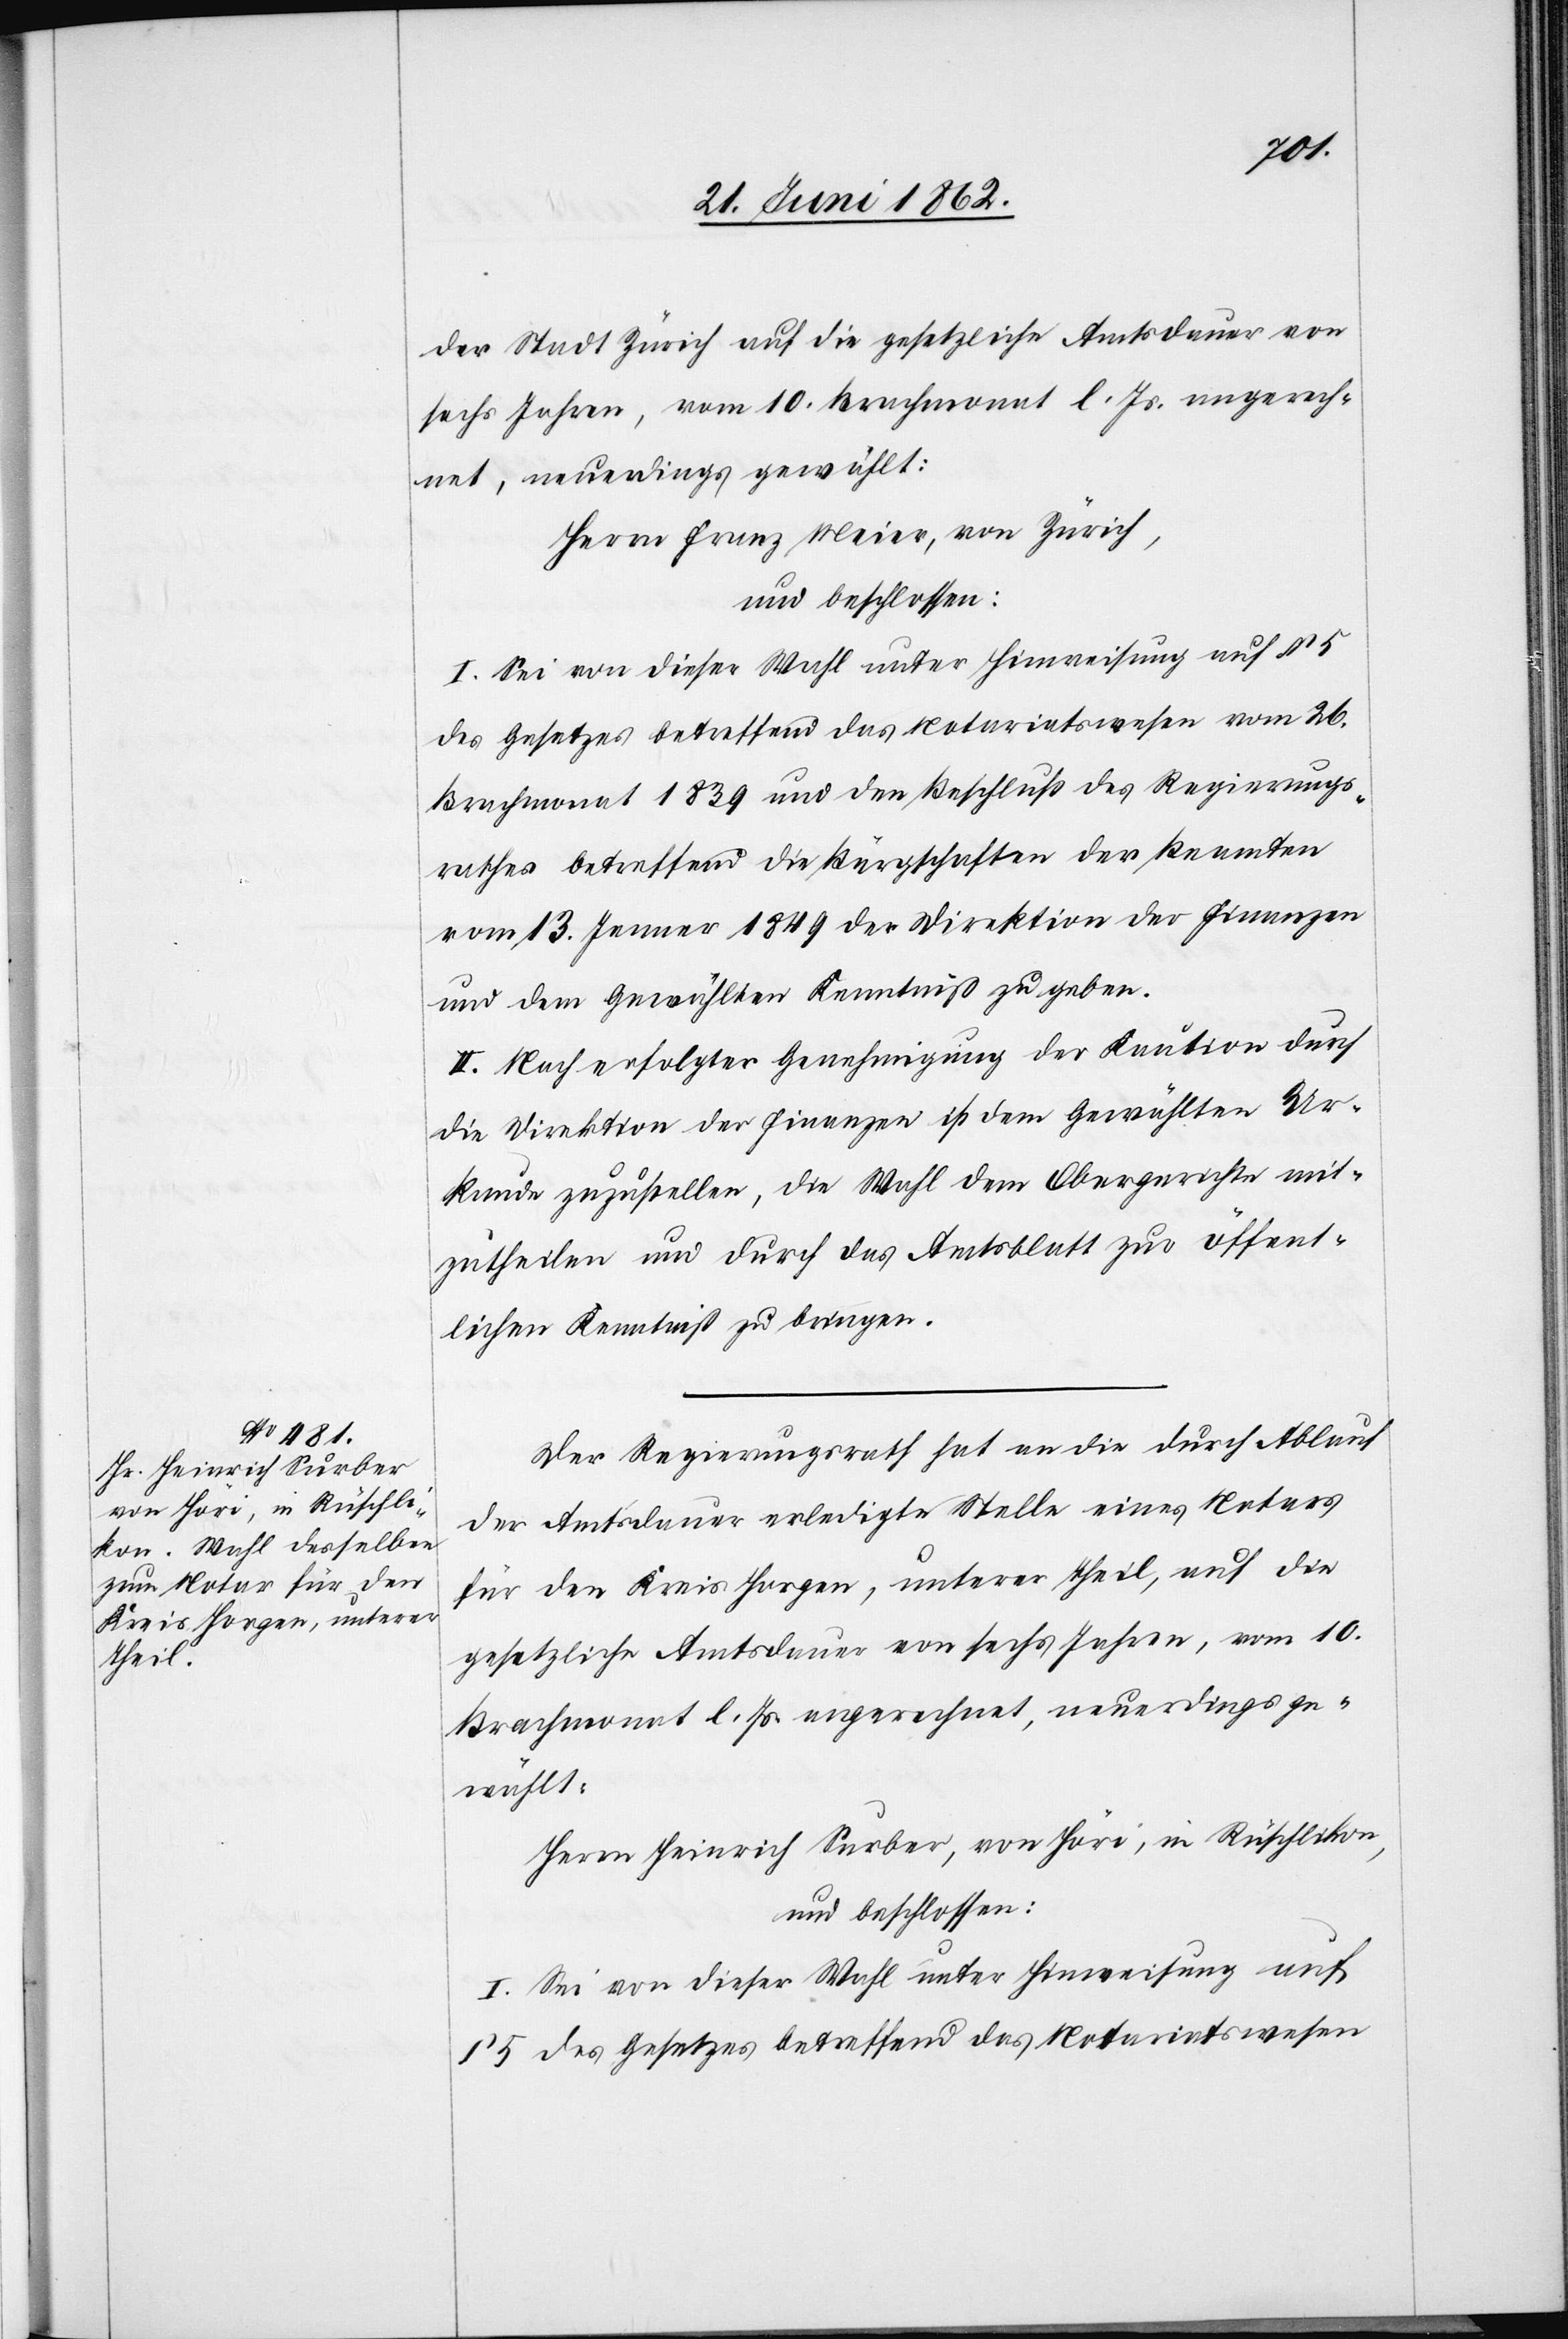
der Stadt Zürich auf die gesetzliche Amtsdauer von
sechs Jahren, vom 10. Brachmonat l. Js. angerech¬
net, neuerdings gewählt:
Herrn Franz Meier, von Zürich,
und beschlossen:
I. Sei von dieser Wahl unter Hinweisung auf § 5
des Gesetzes betreffend das Notariatswesen vom 26.
Brachmonat 1839 und den Beschluß des Regierungs¬
rathes betreffend die Bürgschaften der Beamten
vom 13. Jenner 1849 der Direktion der Finanzen
und dem Gewählten Kenntniß zu geben.
II. Nach erfolgter Genehmigung der Kaution durch
die Direktion der Finanzen ist dem Gewählten Ur¬
kunde zuzustellen, die Wahl dem Obergerichte mit¬
zutheilen und durch das Amtsblatt zur öffent¬
lichen Kenntniß zu bringen.
Der Regierungsrath hat an die durch Ablauf
der Amtsdauer erledigte Stelle eines Notars
für den Kreis Horgen, unterer Theil, auf die
gesetzliche Amtsdauer von sechs Jahren, vom 10.
Brachmonat l. Js. angerechnet, neuerdings ge¬
wählt:
Herrn Heinrich Surber, von Höri, in Rüschlikon,
und beschlossen:
I. Sei von dieser Wahl unter Hinweisung auf
§ 5 des Gesetzes betreffend das Notariatswesen